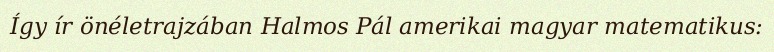
Így ír önéletrajzában Halmos Pál amerikai magyar matematikus: